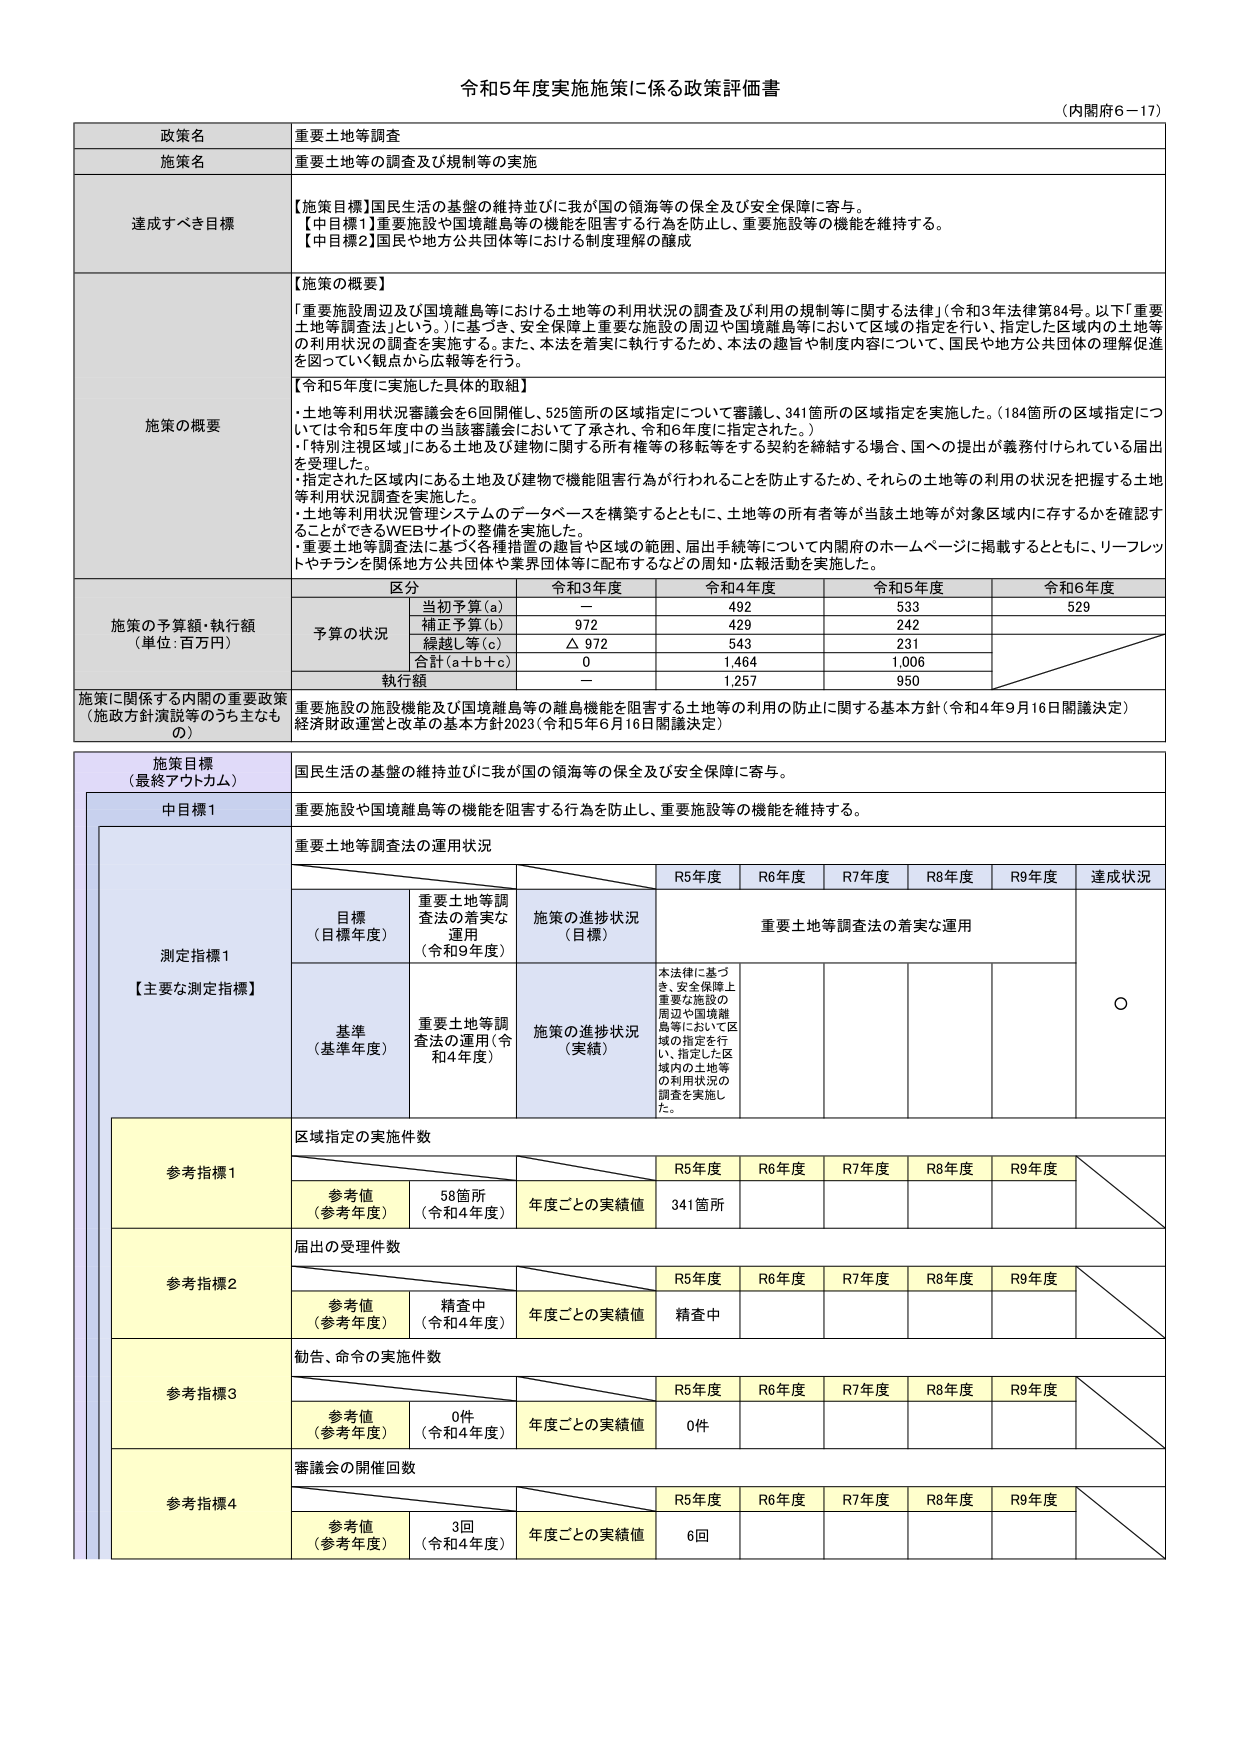
令和5年度実施施策に係る政策評価書
（内閣府6－17）

政策名 重要土地等調査
施策名 重要土地等の調査及び規制等の実施

達成すべき目標
【施策目標】国民生活の基盤の維持並びに我が国の領海等の保全及び安全保障に寄与。
【中目標1】重要施設や国境離島等の機能を阻害する行為を防止し、重要施設等の機能を維持する。
【中目標2】国民や地方公共団体等における制度理解の醸成

施策の概要
【施策の概要】
「重要施設周辺及び国境離島等における土地等の利用状況の調査及び利用の規制等に関する法律」（令和3年法律第84号。以下「重要土地等調査法」という。）に基づき、安全保障上重要な施設の周辺や国境離島等において区域の指定を行い、指定した区域内の土地等の利用状況の調査を実施する。また、本法を着実に執行するため、本法の趣旨や制度内容について、国民や地方公共団体の理解促進を図っていく観点から広報を行う。

【令和5年度に実施した具体的取組】
・土地等利用状況審議会を6回開催し、525箇所の区域指定について審議し、341箇所の区域指定を実施した。（184箇所の区域指定については令和5年度中の当該審議会において了承され、令和6年度に指定された。）
・「特別注視区域」にある土地及び建物に関する所有権等の移転等をする契約を締結する場合、国への提出が義務付けられている届出を受理した。
・指定された区域内にある土地及び建物で機能阻害行為が行われることを防止するため、それらの土地等の利用の状況を把握する土地等利用状況調査を実施した。
・土地等利用状況管理システムのデータベースを構築するとともに、土地等の所有者等が当該土地等が対象区域内に存するかを確認することができるWEBサイトの整備を実施した。
・重要土地等調査法に基づく各種措置の趣旨や区域の範囲、届出手続等について内閣府のホームページに掲載するとともに、リーフレットやチラシを関係地方公共団体や業界団体等に配布するなどの周知・広報活動を実施した。

施策の予算額・執行額
（単位：百万円）
区分 令和3年度 令和4年度 令和5年度 令和6年度
予算の状況 当初予算（a） － 492 533 529
補正予算（b） 972 429 242
繰越し等（c） △ 972 543 231
合計（a＋b＋c） 0 1,464 1,006
執行額 － 1,257 950

施策に関係する内閣の重要政策
（施政方針演説等のうち主なもの）
重要施設の施設機能及び国境離島等の離島機能を阻害する土地等の利用の防止に関する基本方針（令和4年9月16日閣議決定）
経済財政運営と改革の基本方針2023（令和5年6月16日閣議決定）

施策目標
（最終アウトカム）
国民生活の基盤の維持並びに我が国の領海等の保全及び安全保障に寄与。

中目標1
重要施設や国境離島等の機能を阻害する行為を防止し、重要施設等の機能を維持する。

測定指標1
【主要な測定指標】
重要土地等調査法の運用状況

目標
（目標年度）
重要土地等調査法の着実な運用
（令和9年度）
施策の進捗状況
（目標）
重要土地等調査法の着実な運用

基準
（基準年度）
重要土地等調査法の運用（令和4年度）
施策の進捗状況
（実績）
本法律に基づき、安全保障上重要な施設の周辺や国境離島等において区域の指定を行い、指定した区域内の土地等の利用状況の調査を実施した。
○

参考指標1
区域指定の実施件数

参考値
（参考年度）
58箇所
（令和4年度）
年度ごとの実績値
R5年度 R6年度 R7年度 R8年度 R9年度
341箇所

参考指標2
届出の受理件数

参考値
（参考年度）
精査中
（令和4年度）
年度ごとの実績値
R5年度 R6年度 R7年度 R8年度 R9年度
精査中

参考指標3
勧告、命令の実施件数

参考値
（参考年度）
0件
（令和4年度）
年度ごとの実績値
R5年度 R6年度 R7年度 R8年度 R9年度
0件

参考指標4
審議会の開催回数

参考値
（参考年度）
3回
（令和4年度）
年度ごとの実績値
R5年度 R6年度 R7年度 R8年度 R9年度
6回